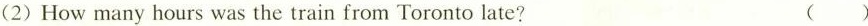
(2)How many hours was the train from Toronto late? ()